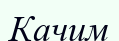
Качим